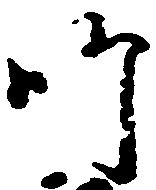
師